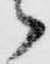
々